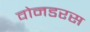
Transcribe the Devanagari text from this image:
वोनडरस